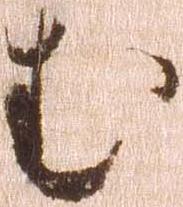
む